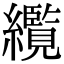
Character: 䌫